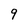
Character: 9